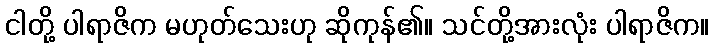
ငါတို့ ပါရာဇိက မဟုတ်သေးဟု ဆိုကုန်၏။ သင်တို့အားလုံး ပါရာဇိက။